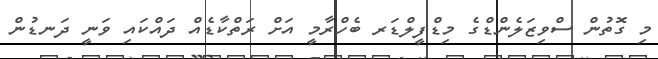
މި ގޮތުން ސްވިޒަލެންޑްގެ މިޑްފީލްޑަރ ބެހްރާމީ އަށް ރަތްކާޑެއް ދައްކައި ވަނީ ދަނޑުން